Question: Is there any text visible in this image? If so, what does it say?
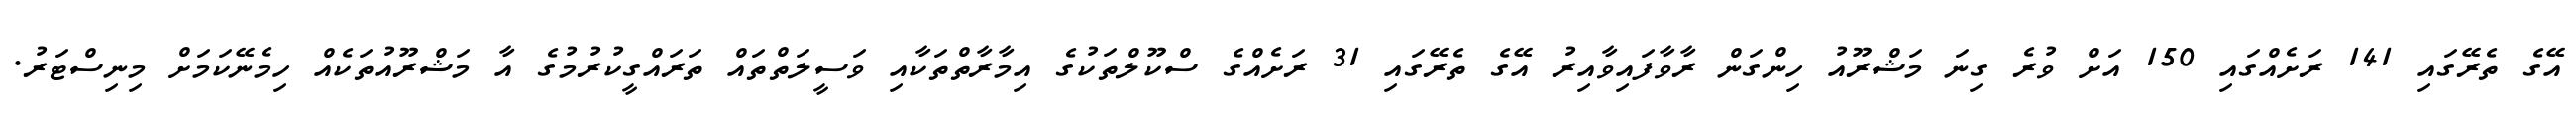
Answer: އޭގެ ތެރޭގައި 141 ރަށެއްގައި 150 އަށް ވުރެ ގިނަ މަޝްރޫއު ހިންގަން ރާވާފައިވާއިރު އޭގެ ތެރޭގައި 31 ރަށެއްގެ ސްކޫލްތަކުގެ އިމާރާތްތަކާއި ވަސީލަތްތައް ތަރައްގީކުރުމުގެ އާ މަޝްރޫއުތަކެއް ހިމެނޭކަމަށް މިނިސްޓަރު.